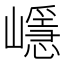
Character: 嶾